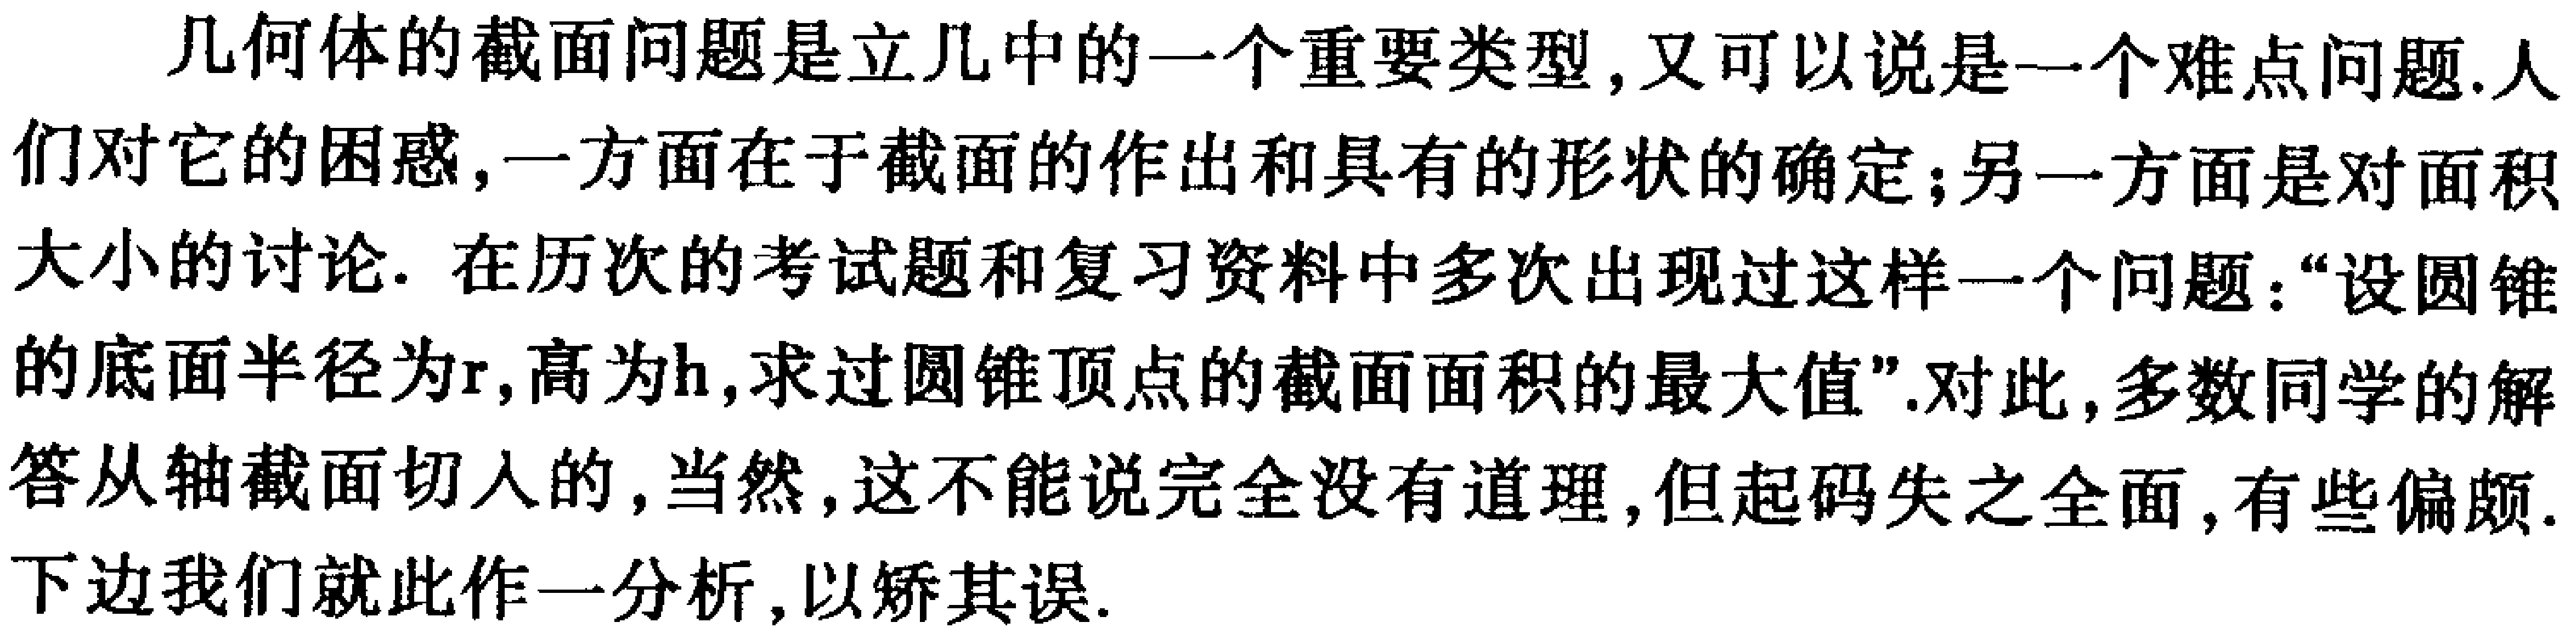
几何体的截面问题是立几中的一个重要类型,又可以说是一个难点问题.人们对它的困惑,一方面在于截面的作出和具有的形状的确定;另一方面是对面积大小的讨论. 在历次的考试题和复习资料中多次出现过这样一个问题：“设圆锥的底面半径为\(r\),高为\(h\),求过圆锥顶点的截面面积的最大值”.对此,多数同学的解答从轴截面切入的,当然,这不能说完全没有道理,但起码失之全面,有些偏颇.下边我们就此作一分析,以矫其误.